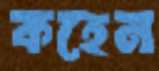
কহেন